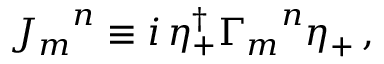
{ J _ { m } } ^ { n } \equiv i \, \eta _ { + } ^ { \dagger } { \Gamma _ { m } } ^ { n } \eta _ { + } \, ,